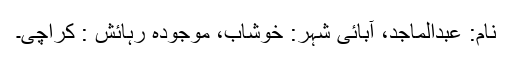
نام: عبدالماجد، آبائی شہر: خوشاب، موجودہ رہائش : کراچی۔